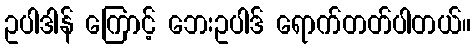
ဥပါဒါန် ကြောင့် ဘေးဥပါဒ် ရောက်တတ်ပါတယ်။